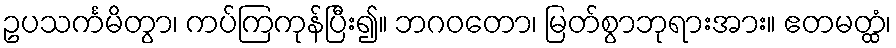
ဥပသင်္ကမိတွာ၊ ကပ်ကြကုန်ပြီး၍။ ဘဂဝတော၊ မြတ်စွာဘုရားအား။ ဧတမတ္ထံ၊